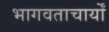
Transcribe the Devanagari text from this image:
भागवताचार्यों